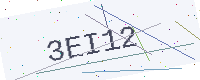
Text: 3EI12